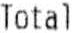
TOTAL